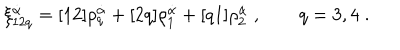
\xi _ { 1 2 q } ^ { \dot { \alpha } } = [ 1 2 ] \rho _ { q } ^ { \dot { \alpha } } + [ 2 q ] \rho _ { 1 } ^ { \dot { \alpha } } + [ q 1 ] \rho _ { 2 } ^ { \dot { \alpha } } \; , \qquad q = 3 , 4 \; .